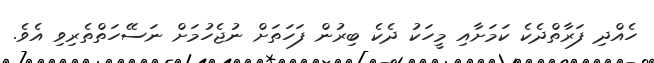
ހެއްދި ފަރާތްދެކެ ކަމަށާއި މީހަކު ދެކެ ބިރުން ފަހަތަށް ނުޖެހުމަށް ނަސޭހަތްތެރިވި އެވެ.